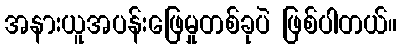
အနားယူအပန်းဖြေမှုတစ်ခုပဲ ဖြစ်ပါတယ်။